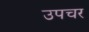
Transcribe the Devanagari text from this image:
उपचर